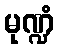
မုဏ္ဍံ